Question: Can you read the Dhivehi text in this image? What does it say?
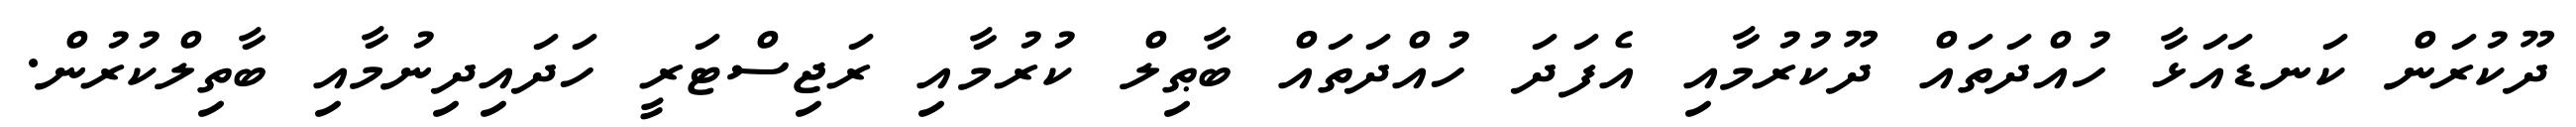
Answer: ދޫކުރަން ކަނޑައަޅާ ހުއްދަތައް ދޫކުރުމާއި އެފަދަ ހުއްދަތައް ބާޠިލް ކުރުމާއި ރަޖިސްޓަރީ ހަދައިދިނުމާއި ބާތިލްކުރުން.